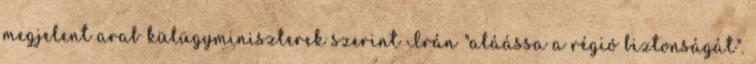
megjelent arab külügyminiszterek szerint Irán "aláássa a régió biztonságát".